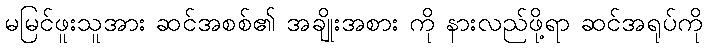
မမြင်ဖူးသူအား ဆင်အစစ်၏ အချိုးအစား ကို နားလည်ဖို့ရာ ဆင်အရုပ်ကို